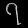
Digit: ၇